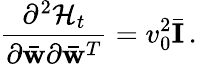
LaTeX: \frac{\partial^{2}{\cal H}_{t}}{\partial\bar{\mathbf w}\partial\bar{\mathbf w}^{T}}=v_{0}^{2}\bar{\mathbf I}\, .